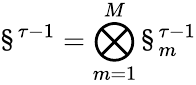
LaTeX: \S^{\tau-1}=\bigotimes_{m=1}^{M}\S_{m}^{\tau-1}